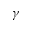
\gamma